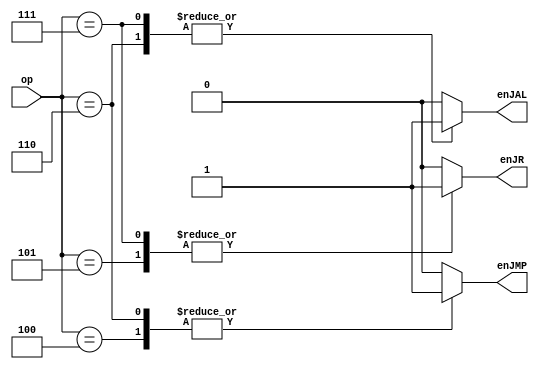
//********************************
//Owned by : nmohapatra@wisc.edu
//********************************

module jump_logic (
			op, 
			enJMP, 
			enJR, 
			enJAL
			);
  // --- Inputs --- //
  input [4:0] op;

  // --- Outputs --- //
  output reg enJMP;
  output reg enJR;
  output reg enJAL;

  // --- Code --- //
  always @(*) begin
    case (op)
      // J
      5'b00100: begin
        enJMP = 1'b1;
        enJR = 1'b0;
        enJAL = 1'b0;
      end
      // JR
      5'b00101: begin
        enJMP = 1'b0;
        enJR = 1'b1;
        enJAL = 1'b0;
      end
      // JAL
      5'b00110: begin
        enJMP = 1'b1;
        enJR = 1'b0;
        enJAL = 1'b1;
      end
      // JALR
      5'b00111: begin
        enJMP = 1'b0;
        enJR = 1'b1;
        enJAL = 1'b1;
      end
      default: begin
        enJMP = 1'b0;
        enJR = 1'b0;
        enJAL = 1'b0;
      end
    endcase
  end
endmodule